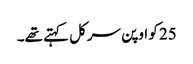
25 کو اوپن سرکل کہتے تھے۔